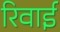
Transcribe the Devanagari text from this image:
रिवाई